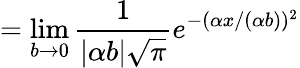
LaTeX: =\operatorname*{lim}_{b\to 0}{\frac{1}{|\alpha b|{\sqrt{\pi}}}}e^{-(\alpha x/(\alpha b))^{2}}